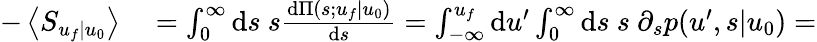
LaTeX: \begin{array}{rl}{-\left\langle S_{u_{f}|u_{0}}\right\rangle}&{{}=\int_{0}^{\infty}\mathrm{d}s\ s\frac{\mathrm{d}\Pi(s;u_{f}|u_{0})}{\mathrm{d}s}=\int_{-\infty}^{u_{f}}\mathrm{d}u^{\prime}\int_{0}^{\infty}\mathrm{d}s\ s\ \partial_{s}p(u^{\prime},s|u_{0})=}\end{array}